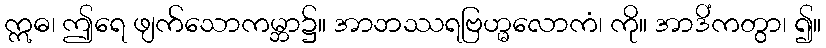
ဣဓ၊ ဤရေ ဖျက်သောကမ္ဘာ၌။ အာဘဿရဗြဟ္မလောကံ၊ ကို။ အာဒိံကတွာ၊ ၍။